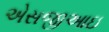
એસજીઆઇ